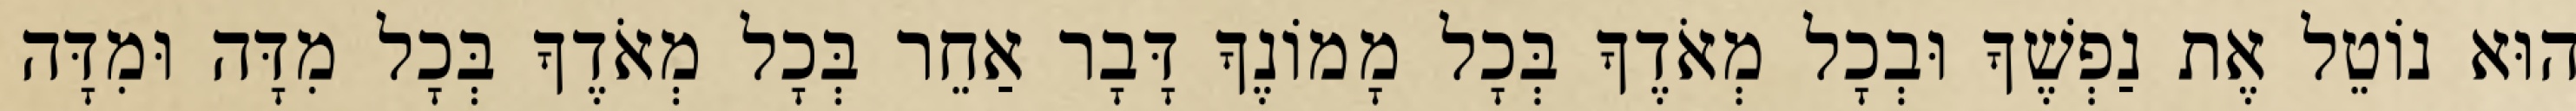
הוּא נוֹטֵל אֶת נַפְשֶׁךָ וּבְכָל מְאֹדֶךָ בְּכָל מָמוֹנֶךָ דָּבָר אַחֵר בְּכָל מְאֹדֶךָ בְּכָל מִדָּה וּמִדָּה